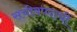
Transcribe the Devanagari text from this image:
सचीवपदाचीं